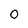
Character: 0